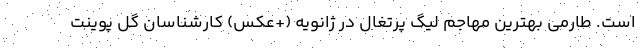
است. طارمی بهترین مهاجم لیگ پرتغال در ژانویه (+عکس) کارشناسان گل پوینت